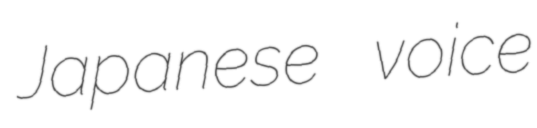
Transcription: Japanese voice